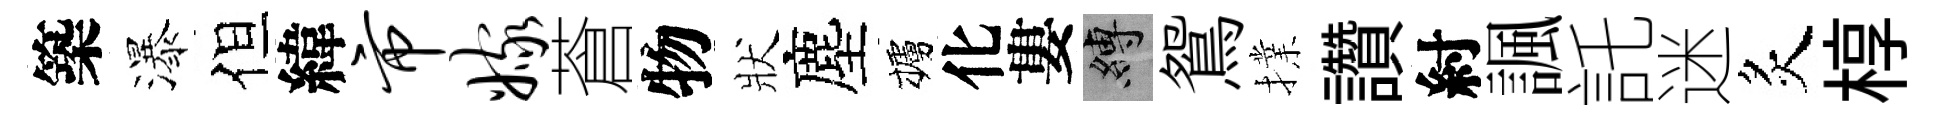
築瀑但緯市嫁蒼物狀塵櫨化婁縛鴛擈讚紂諷託迷炙椁